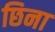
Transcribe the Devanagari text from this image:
छिना